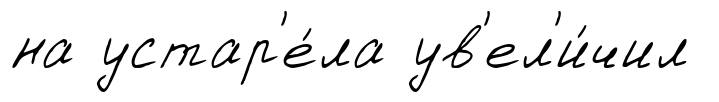
на устар'е́ла ув'ел'и́чил